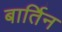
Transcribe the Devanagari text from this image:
बार्तिन